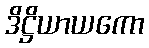
ဒိဋ္ဌိယာယကော